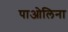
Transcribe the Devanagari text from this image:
पाओलिना